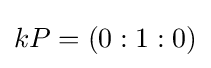
kP=(0:1:0)